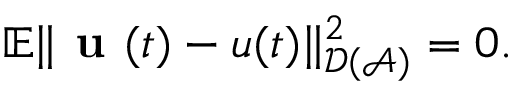
\mathbb { E } \Vert \textbf { u } ( t ) - u ( t ) \Vert _ { \mathcal { D } ( \mathcal { A } ) } ^ { 2 } = 0 .